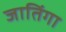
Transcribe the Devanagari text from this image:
जातिंगा